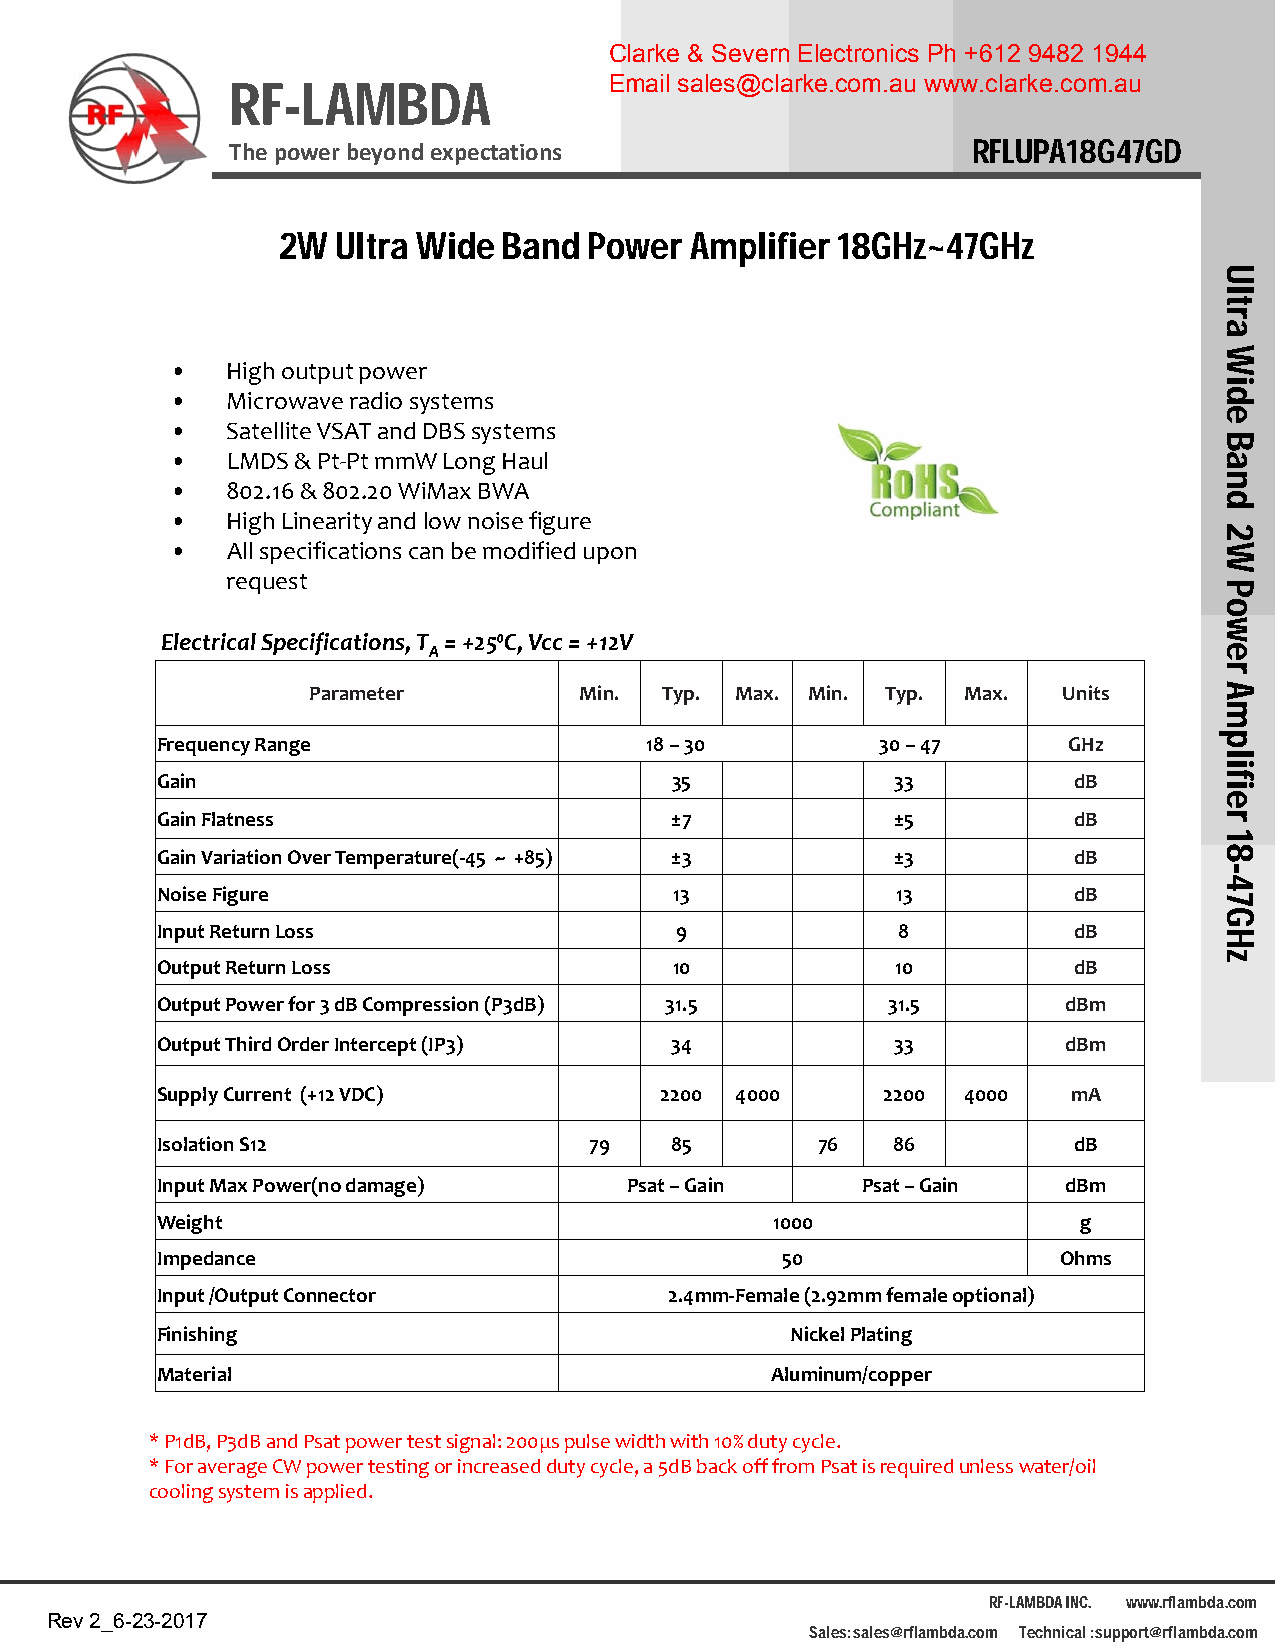
Clarke & Severn Electronics Ph +612 9482 1944
 RF-LAMBDA                Email sales@clarke.com.au www.clarke.com.au
 The power beyond expectations                    RFLUPA18G47GD
 2W  Ultra Wide Band  Power  Amplifier 18GHz~47GHz
 •   High output power
 •   Microwave radio systems
 •   Satellite VSAT and DBS systems
 •   LMDS & Pt‐Pt mmWLong Haul
 •   802.16 & 802.20 WiMaxBWA
 •   High Linearity and low noise figure
 •   All specifications can be modified upon
 request
 Electrical Specifications, T = +25⁰C, Vcc = +12V
 A
 Parameter         Min.  Typ. Max. Min. Typ. Max.  Units
 Frequency Range                  18 –30         30 –47       GHz
 Gain                              35             33          dB
 Gain Flatness                     ±7             ±5          dB
 Gain Variation Over Temperature(‐45 ~ +85) ±3    ±3          dB
 Noise Figure                       13            13          dB
 Input Return Loss                  9             8           dB
 Output Return Loss                 10            10          dB
 Output Power for 3 dB Compression (P3dB) 31.5    31.5        dBm
 Output Third Order Intercept (IP3) 34            33          dBm
 Supply Current (+12 VDC)          2200 4000     2200  4000   mA
 Isolation S12                79   85        76   86          dB
 Input Max Power(no damage)      Psat–Gain      Psat–Gain     dBm
 Weight                                   1000                 g
 Impedance                                 50                Ohms
 Input /Output Connector           2.4mm‐Female (2.92mm femaleoptional)
 Finishing                                 Nickel Plating
 Material                                 Aluminum/copper
 *P1dB, P3dB and Psat power test signal: 200μs pulse width with 10% duty cycle.
 *For average CW power testing or increased duty cycle, a 5dB back off from Psatis required unless water/oil
 cooling system is applied.
 RF-LAMBDA INC. www.rflambda.com
 Rev 2_6-23-2017
 Sales: sales@rflambda.com Technical : support@rflambda.com
 Ultra
 Wide
 Band
 2W
 Power
 Amplifier
 18-47GHz